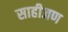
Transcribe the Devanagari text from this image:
साहीजण